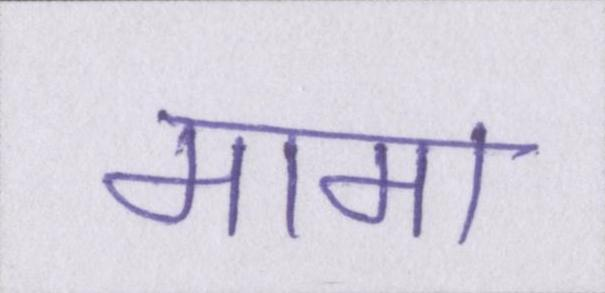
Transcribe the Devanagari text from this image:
मामा